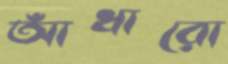
আঁধারো